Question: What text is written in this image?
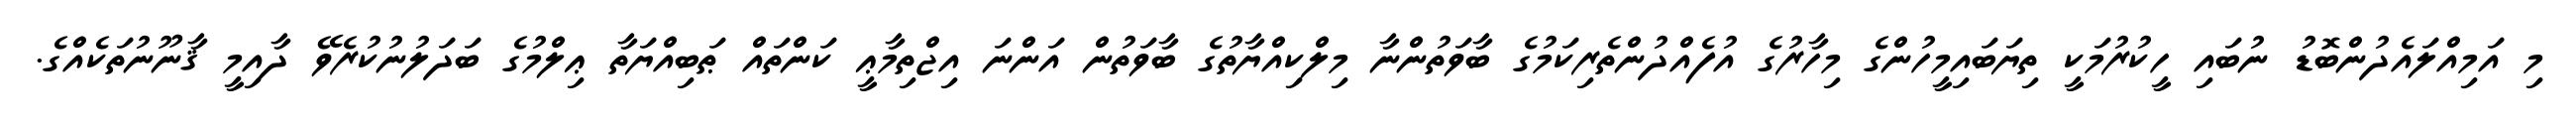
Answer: މި އަމިއްލައެދުންބޮޑު ނުބައި ހީކުރުމަކީ ތިޔަބައިމީހުންގެ މިހާރުގެ އުފެއްދުންތެރިކަމުގެ ބާވަތުންނާ މިލްކިއްޔާތުގެ ބާވަތުން އަންނަ އިޖްތިމާޢީ ކަންތައް ޠަބިއްޔަތާ ޢިލްމުގެ ބަދަލުނުކުރެވޭ ދާއިމީ ޤާނޫނުތަކެއްގެ.